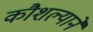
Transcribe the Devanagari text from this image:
कौशल्यानें